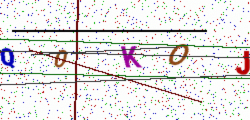
Text: Q0KOJ